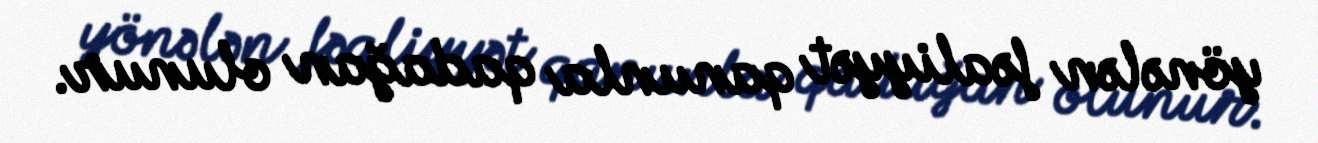
yönələn fəaliyyət qanunla qadağan olunur.